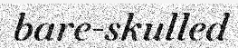
bare-skulled